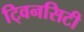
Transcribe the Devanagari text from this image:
टि्वनसिटी